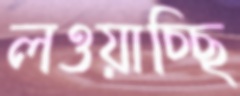
লওয়াচ্ছি